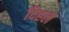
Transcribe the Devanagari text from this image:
दिहल